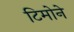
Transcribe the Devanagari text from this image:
टिमोने